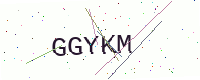
Text: GGYKM